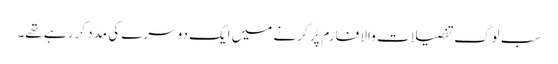
سب لوگ تفصیلات والا فارم پُر کرنے میں ایک دوسرے کی مدد کر رہے تھے۔